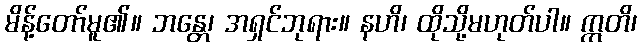
မိန့်တော်မူ၏။ ဘန္တေ၊ အရှင်ဘုရား။ နဟိ၊ ထိုသို့မဟုတ်ပါ။ ဣတိ၊